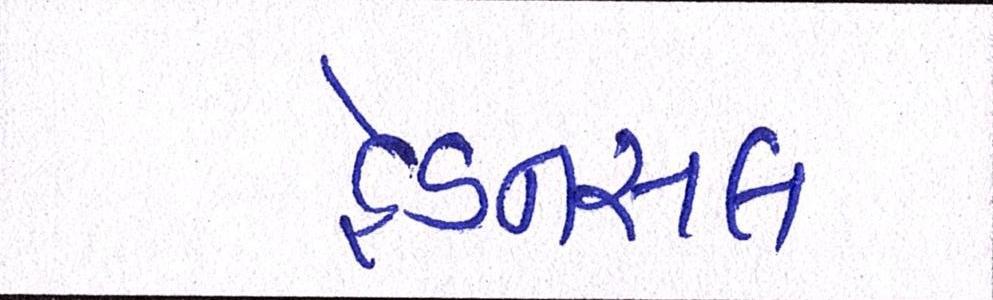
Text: હેડનસલ